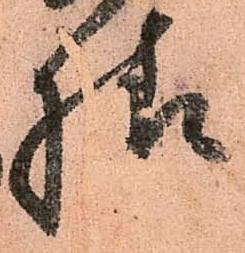
様